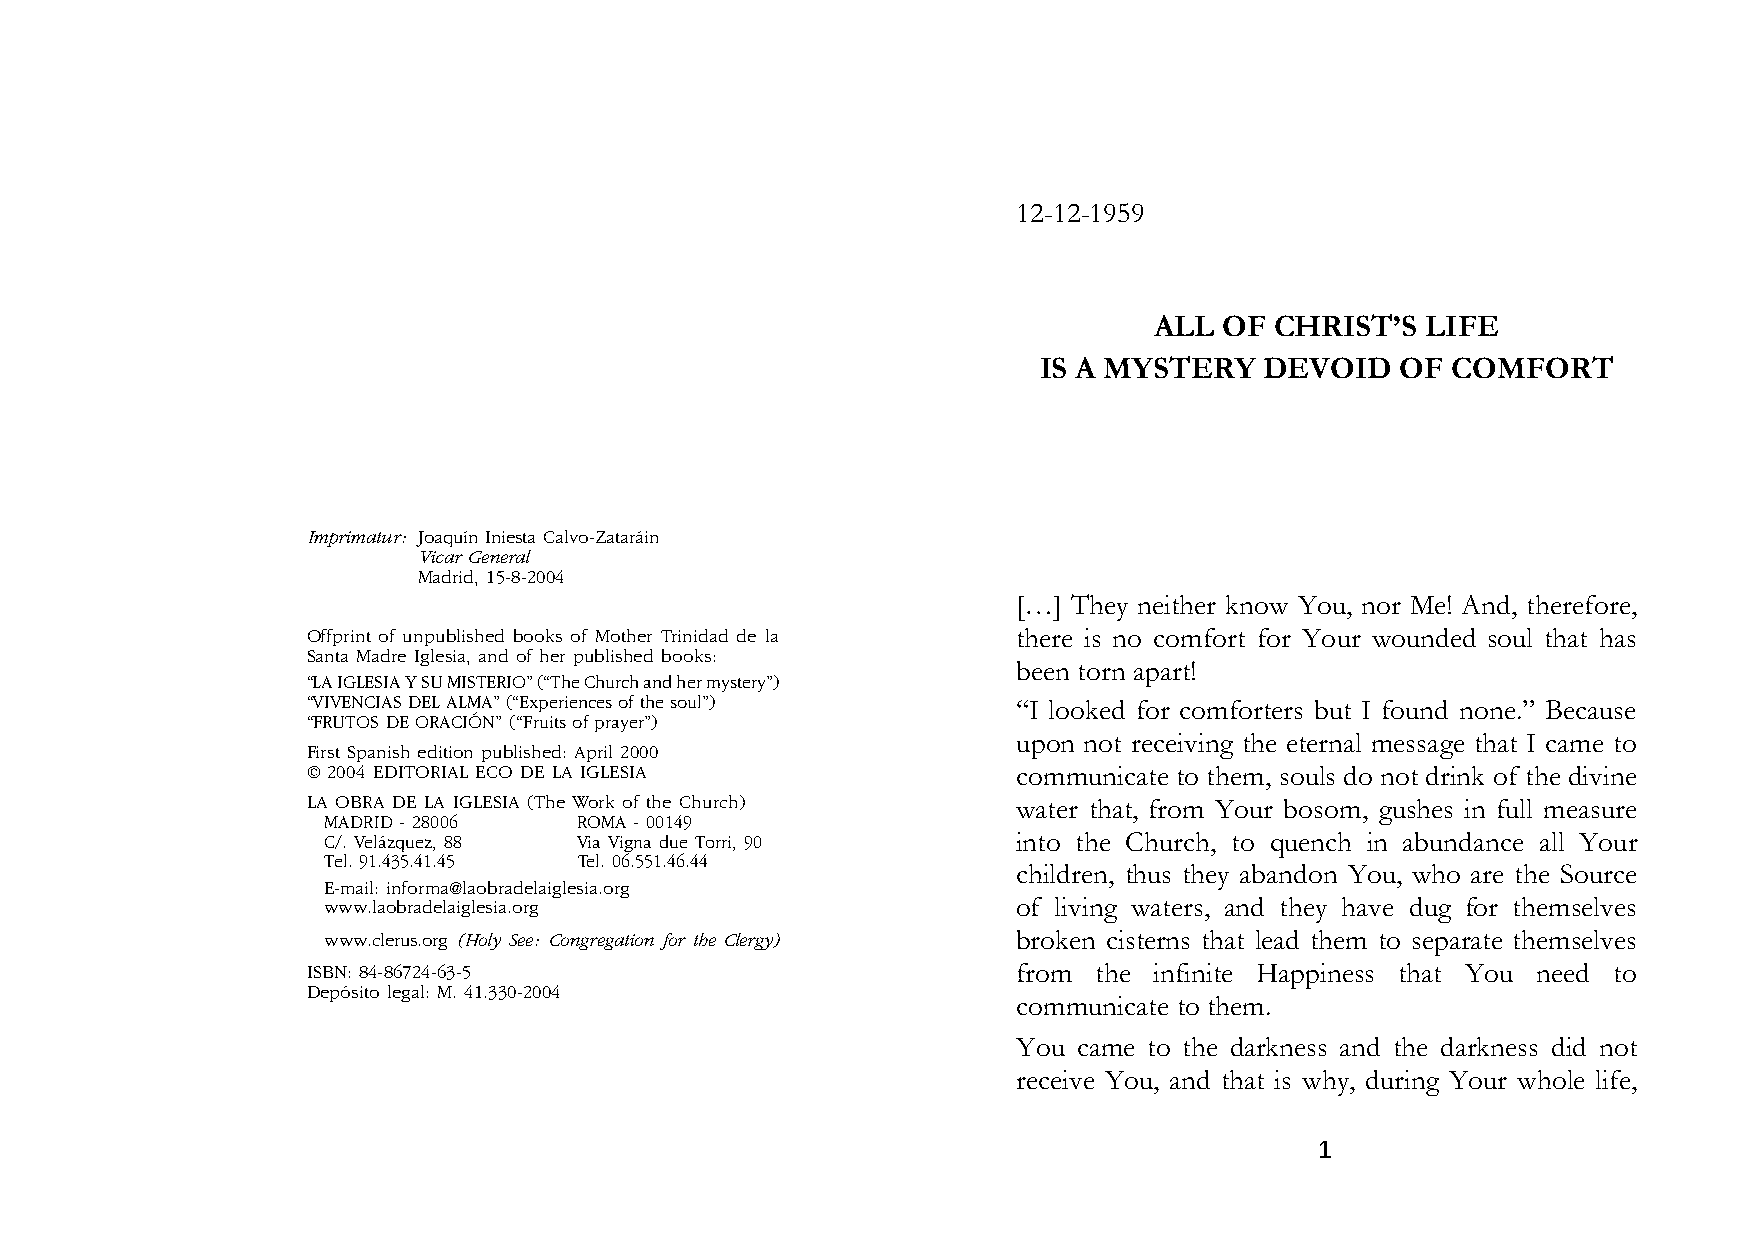
12-12-1959
 ALL  OF CHRIST’S  LIFE
 IS A MYSTERY   DEVOID   OF COMFORT
 Imprimatur: Joaquín Iniesta Calvo-Zataráin
 Vicar General
 Madrid, 15-8-2004
 […] They neither know You, nor Me! And, therefore,
 Offprint of unpublished books of Mother Trinidad de la there is no comfort for Your wounded soul that has
 Santa Madre Iglesia, and of her published books:
 been torn apart!
 “LA IGLESIA Y SU MISTERIO” (“The Church and her mystery”)
 “VIVENCIAS DEL ALMA” (“Experiences of the soul”) “I looked for comforters but I found none.” Because
 “FRUTOS DE ORACIÓN” (“Fruits of prayer”)
 upon not receiving the eternal message that I came to
 First Spanish edition published: April 2000
 © 2004 EDITORIAL ECO DE LA IGLESIA             communicate to them, souls do not drink of the divine
 LA OBRA DE LA IGLESIA (The Work of the Church) water that, from Your bosom, gushes in full measure
 MADRID - 28006   ROMA - 00149
 C/. Velázquez, 88 Via Vigna due Torri, 90     into the Church, to quench in abundance all Your
 Tel. 91.435.41.45 Tel. 06.551.46.44
 children, thus they abandon You, who are the Source
 E-mail: informa@laobradelaiglesia.org
 www.laobradelaiglesia.org                     of living waters, and they have dug for themselves
 www.clerus.org (Holy See: Congregation for the Clergy) broken cisterns that lead them to separate themselves
 ISBN: 84-86724-63-5                            from  the infinite Happiness that You need to
 Depósito legal: M. 41.330-2004
 communicate to them.
 You came to the darkness and the darkness did not
 receive You, and that is why, during Your whole life,
 1